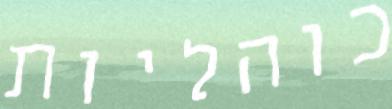
כוהליות